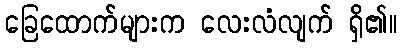
ခြေထောက်များက လေးလံလျက် ရှိ၏။